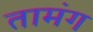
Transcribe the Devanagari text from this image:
तामंग